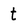
Character: t